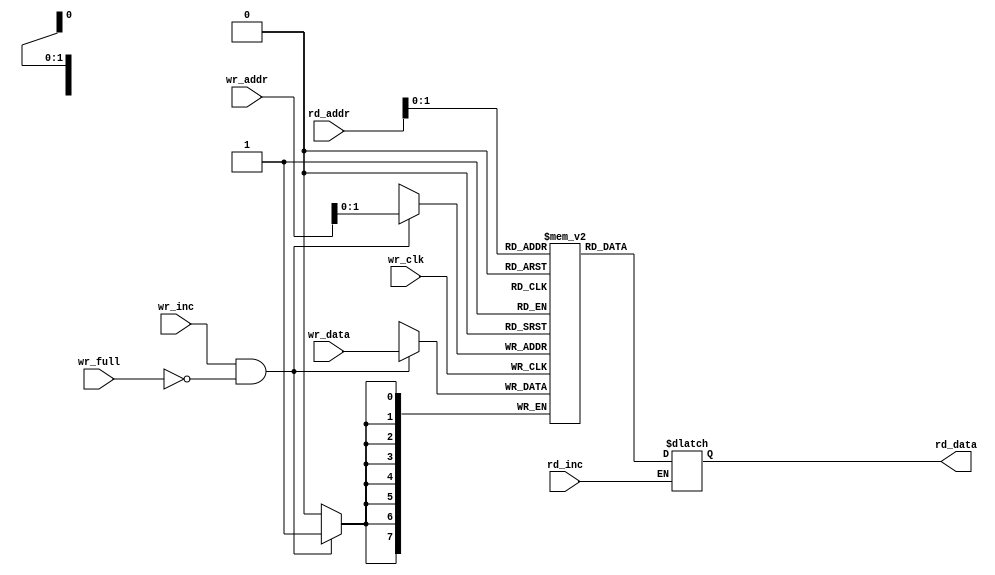
module fifo_ram#(
    parameter DSIZE=8,
    parameter ASIZE=4
    )(
    input             wr_clk,
    input [DSIZE-1:0] wr_data,
    input             rd_inc,wr_inc,
    input             wr_full,
    input [ASIZE-1:0] rd_addr,wr_addr,

    output reg [DSIZE-1:0] rd_data
    );
reg [DSIZE-1:0] mem [ASIZE-1:0];
always@(*)begin
    if(rd_inc)
        rd_data = mem[rd_addr];
end
/*
always@(posedge rd_clk)begin
    if(rd_en)
        rd_data <= mem[rd_addr] ; 
end
*/
assign wr_en = wr_inc&(!wr_full);
always@(posedge wr_clk) begin
    if(wr_en)
        mem[wr_addr] <= wr_data;
end

endmodule